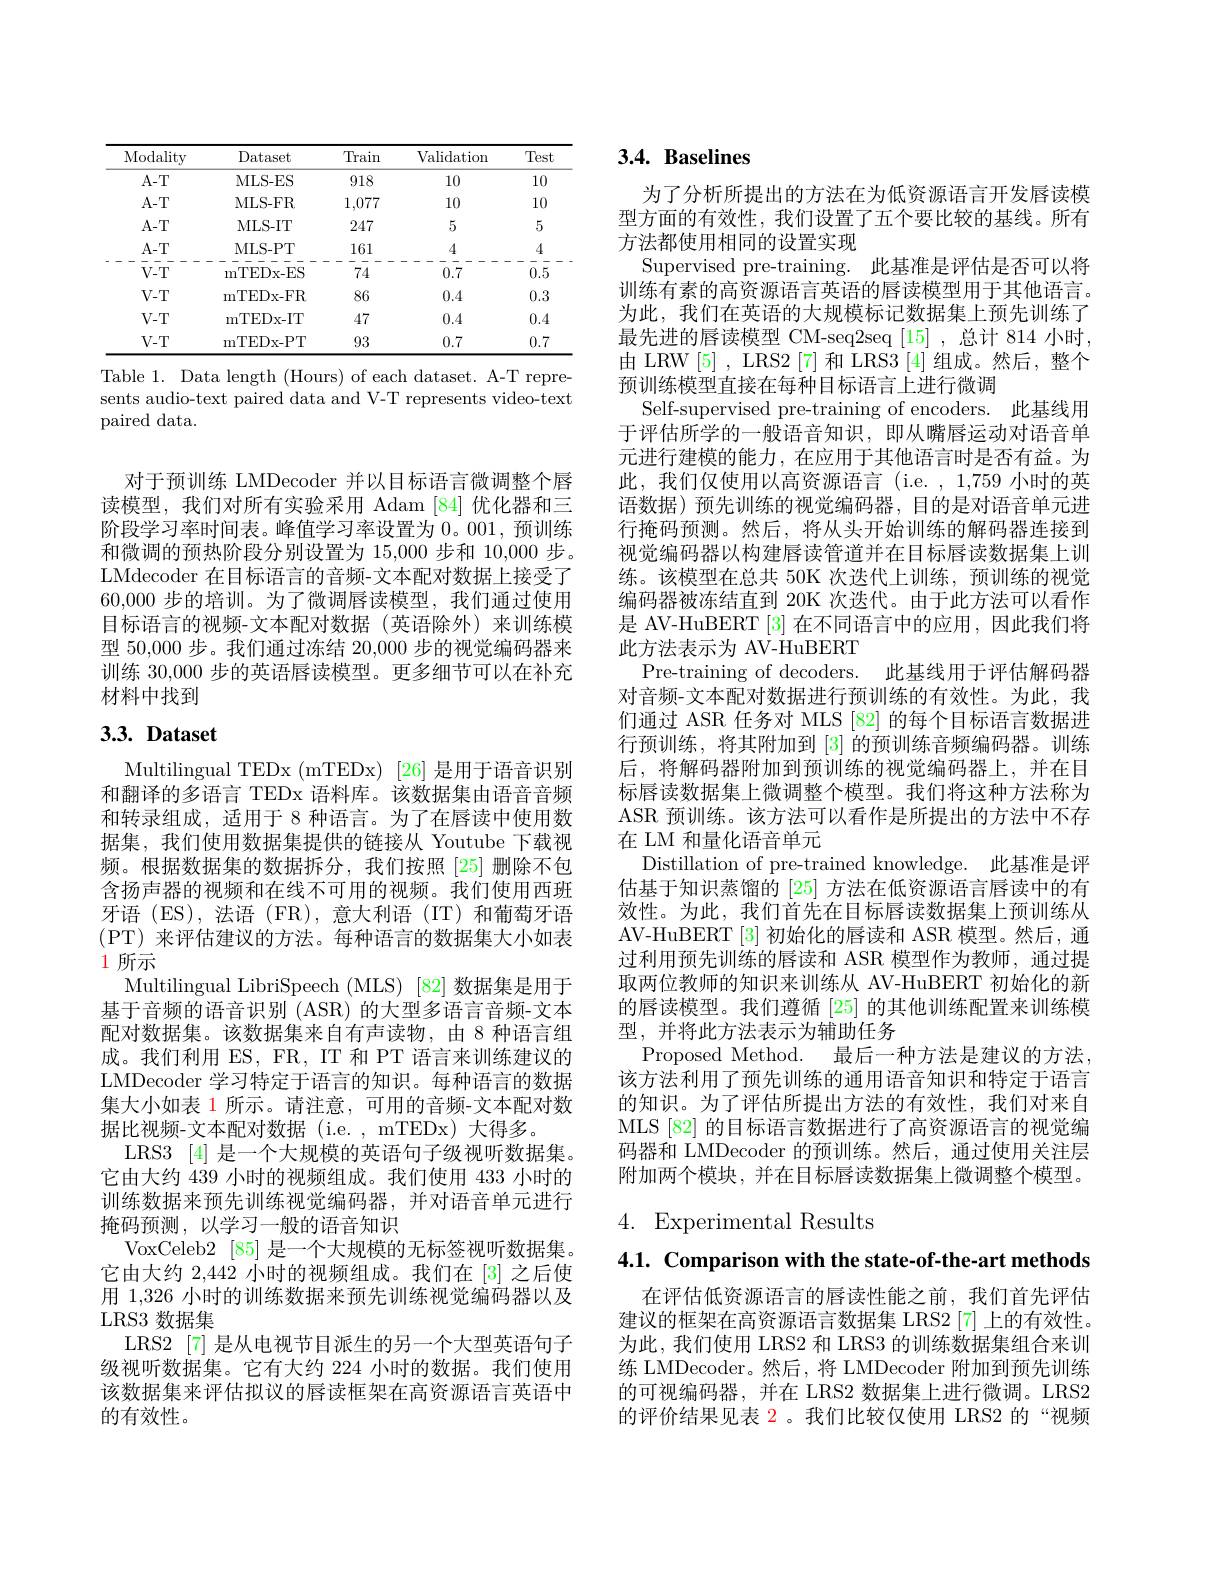
<table>
	<tbody>
		<tr>
			<th>Modality</th>
			<th>Dataset</th>
			<th>Train</th>
			<th>Validation</th>
			<th>Test</th>
		</tr>
		<tr>
			<td>A-T</td>
			<td>MLS- ES</td>
			<td>918</td>
			<td>10</td>
			<td>10</td>
		</tr>
		<tr>
			<td>A-T</td>
			<td>MLS- FR</td>
			<td>1,077</td>
			<td>10</td>
			<td>10</td>
		</tr>
		<tr>
			<td>A-T</td>
			<td>MLS- IT</td>
			<td>247</td>
			<td>5</td>
			<td>5</td>
		</tr>
		<tr>
			<td>$A-T$ $V-T$</td>
			<td>MLS- PT mTEDx- ES</td>
			<td>161 - 74</td>
			<td>4 0.7</td>
			<td>4 0.5</td>
		</tr>
		<tr>
			<td rowspan="3">$V-T$ $V-T$ $V-T$ $V-T$</td>
			<td>mTEDx- FR</td>
			<td>86</td>
			<td>0.4</td>
			<td>0.3</td>
		</tr>
		<tr>
			<td>mTEDx- IT</td>
			<td>47</td>
			<td>0.4</td>
			<td>0.4</td>
		</tr>
		<tr>
			<td>mTEDx- PT</td>
			<td>93</td>
			<td>0.7</td>
			<td>0.7</td>
		</tr>
	</tbody>
</table>
Table 1. Data length (Hours) of each dataset. A-T repre-

sents audio-text paired data and V-T represents video-text
paired data.

对于预训练 LMDecoder 并以目标语言微调整个唇读模型，我们对所有实验采用 Adam [84]优化器和三阶段学习率时间表。峰值学习率设置为 0。001, 预训练和微调的预热阶段分别设置为 15,000 步和 10,000 步。LMdecoder 在目标语言的音频-文本配对数据上接受了60,000步的培训。为了微调唇读模型，我们通过使用目标语言的视频-文本配对数据(英语除外)来训练模型 50,000 步。我们通过冻结 20,000 步的视觉编码器来训练 30,000 步的英语唇读模型。更多细节可以在补充材料中找到

# $3. 3. \textbf{ Dataset}$

Multilingual TEDx (mTEDx) [26] 是用于语音识别和翻译的多语言 TEDx 语料库。该数据集由语音音频和转录组成，适用于 8 种语言。为了在唇读中使用数据集，我们使用数据集提供的链接从 Youtube 下载视频。根据数据集的数据拆分，我们按照[25]删除不包含扬声器的视频和在线不可用的视频。我们使用西班牙语 (ES),法语 (FR),意大利语 (IT)和葡萄牙语(PT)来评估建议的方法。每种语言的数据集大小如表1 所示
Multilingual LibriSpeech (MLS) [82] 数据集是用于基于音频的语音识别 (ASR) 的大型多语言音频-文本配对数据集。该数据集来自有声读物，由 8 种语言组成。我们利用 ES, FR, IT 和 PT 语言来训练建议的LMDecoder 学习特定于语言的知识。每种语言的数据集大小如表 1 所示。请注意，可用的音频-文本配对数据比视频-文本配对数据(i.e.,mTEDx)大得多。
LRS3 [4] 是一个大规模的英语句子级视听数据集。它由大约 439 小时的视频组成。我们使用 433 小时的训练数据来预先训练视觉编码器，并对语音单元进行掩码预测，以学习一般的语音知识
VoxCeleb2 [85]是一个大规模的无标签视听数据集。它由大约 2,442 小时的视频组成。我们在[3] 之后使用 1,326 小时的训练数据来预先训练视觉编码器以及LRS3 数据集
LRS2 [7] 是从电视节目派生的另一个大型英语句子级视听数据集。它有大约 224 小时的数据。我们使用该数据集来评估拟议的唇读框架在高资源语言英语中的有效性。

# $3. 4. \textbf{Baselines}$

为了分析所提出的方法在为低资源语言开发唇读模型方面的有效性，我们设置了五个要比较的基线。所有方法都使用相同的设置实现
Supervised pre-training. 此基准是评估是否可以将训练有素的高资源语言英语的唇读模型用于其他语言。为此，我们在英语的大规模标记数据集上预先训练了最先进的唇读模型 CM-seq2seq[15] ,总计 814 小时， 由 LRW [5] , LRS2 [7] 和 LRS3 [4] 组成。然后，整个预训练模型直接在每种目标语言上进行微调
Self-supervised pre-training of encoders. 此基线用于评估所学的一般语音知识，即从嘴唇运动对语音单元进行建模的能力，在应用于其他语言时是否有益。为此，我们仅使用以高资源语言(i.e.,1,759 小时的英语数据)预先训练的视觉编码器，目的是对语音单元进行掩码预测。然后，将从头开始训练的解码器连接到视觉编码器以构建唇读管道并在目标唇读数据集上训练。该模型在总共 50K 次迭代上训练，预训练的视觉编码器被冻结直到 20K 次迭代。由于此方法可以看作是 AV-HuBERT [3]在不同语言中的应用，因此我们将此方法表示为 AV-HuBERT
Pre-training of decoders. 此基线用于评估解码器对音频-文本配对数据进行预训练的有效性。为此，我们通过 ASR 任务对 MLS [82]的每个目标语言数据进行预训练，将其附加到[3]的预训练音频编码器。训练后，将解码器附加到预训练的视觉编码器上，并在目标唇读数据集上微调整个模型。我们将这种方法称为ASR 预训练。该方法可以看作是所提出的方法中不存在 LM 和量化语音单元
Distillation of pre-trained knowledge. 此基准是评估基于知识蒸馏的[25]方法在低资源语言唇读中的有效性。为此，我们首先在目标唇读数据集上预训练从AV-HuBERT [3]初始化的唇读和 ASR 模型。然后，通过利用预先训练的唇读和 ASR 模型作为教师，通过提取两位教师的知识来训练从 AV-HuBERT 初始化的新的唇读模型。我们遵循[25]的其他训练配置来训练模型，并将此方法表示为辅助任务
Proposed Method. 最后一种方法是建议的方法该方法利用了预先训练的通用语音知识和特定于语言的知识。为了评估所提出方法的有效性，我们对来自MLS [82] 的目标语言数据进行了高资源语言的视觉编码器和 LMDecoder 的预训练。然后，通过使用关注层附加两个模块，并在目标唇读数据集上微调整个模型。

4. Experimental Results

4.1. Comparison with the state-of-the-art methods

在评估低资源语言的唇读性能之前，我们首先评估建议的框架在高资源语言数据集 LRS2[7] 上的有效性。为此，我们使用 LRS2 和 LRS3 的训练数据集组合来训练 LMDecoder。然后，将 LMDecoder 附加到预先训练的可视编码器，并在 LRS2 数据集上进行微调。LRS2的评价结果见表 2。我们比较仅使用 LRS2 的“视频